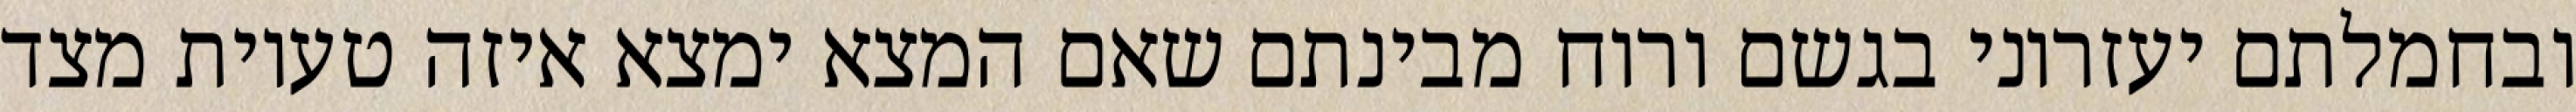
ובחמלתם יעזרוני בגשם ורוח מבינתם שאם המצא ימצא איזה טעיות מצד